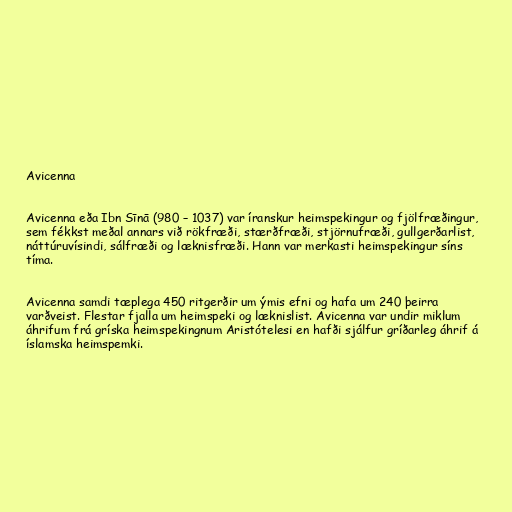
Avicenna

Avicenna eða Ibn Sīnā (980 – 1037) var íranskur heimspekingur og fjölfræðingur,
sem fékkst meðal annars við rökfræði, stærðfræði, stjörnufræði, gullgerðarlist,
náttúruvísindi, sálfræði og læknisfræði. Hann var merkasti heimspekingur síns
tíma.

Avicenna samdi tæplega 450 ritgerðir um ýmis efni og hafa um 240 þeirra
varðveist. Flestar fjalla um heimspeki og læknislist. Avicenna var undir miklum
áhrifum frá gríska heimspekingnum Aristótelesi en hafði sjálfur gríðarleg áhrif á
íslamska heimspemki.